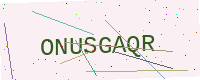
Text: ONUSGAQR